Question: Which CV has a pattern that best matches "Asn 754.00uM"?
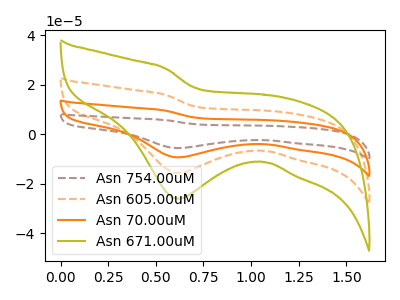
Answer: <think>The brown dashed curve "Asn 754.00uM" has a cathodic peak at: (0.60V, -46.90uA). The orange dashed curve "Asn 605.00uM" has a cathodic peak at: (0.60V, -15.65uA). The orange curve "Asn 70.00uM" has a cathodic peak at: (0.60V, -31.30uA). The olive curve "Asn 671.00uM" has a cathodic peak at: (0.60V, -26.10uA).
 All the peaks in "Asn 754.00uM" have a peak in "Asn 605.00uM" at the same potential. Every peak in "Asn 754.00uM" is higher than every peak in "Asn 605.00uM". All the peaks in "Asn 754.00uM" have a peak in "Asn 70.00uM" at the same potential. Every peak in "Asn 754.00uM" is higher than every peak in "Asn 70.00uM". All the peaks in "Asn 754.00uM" have a peak in "Asn 671.00uM" at the same potential. Every peak in "Asn 754.00uM" is higher than every peak in "Asn 671.00uM". All the peaks in "Asn 605.00uM" have a peak in "Asn 70.00uM" at the same potential. Every peak in "Asn 605.00uM" is lower than every peak in "Asn 70.00uM". All the peaks in "Asn 605.00uM" have a peak in "Asn 671.00uM" at the same potential. Every peak in "Asn 605.00uM" is lower than every peak in "Asn 671.00uM". All the peaks in "Asn 70.00uM" have a peak in "Asn 671.00uM" at the same potential. Every peak in "Asn 70.00uM" is higher than every peak in "Asn 671.00uM".</think>
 <answer>"Asn 754.00uM", "Asn 605.00uM" and "Asn 70.00uM" have a similar shape to "Asn 671.00uM".</answer>
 <eval>"Asn 754.00uM" "Asn 605.00uM" "Asn 70.00uM"</eval>